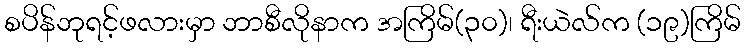
စပိန်ဘုရင့်ဖလားမှာ ဘာစီလိုနာက အကြိမ်(၃၀)၊ ရီးယဲလ်က (၁၉)ကြိမ်